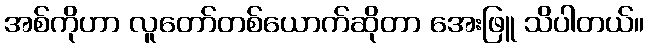
အစ်ကိုဟာ လူတော်တစ်ယောက်ဆိုတာ အေးဖြူ သိပါတယ်။